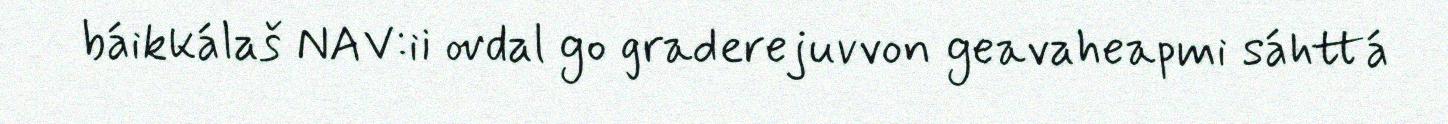
báikkálaš NAV:ii ovdal go graderejuvvon geavaheapmi sáhttá